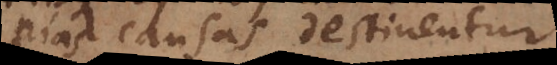
pias causas destinentur